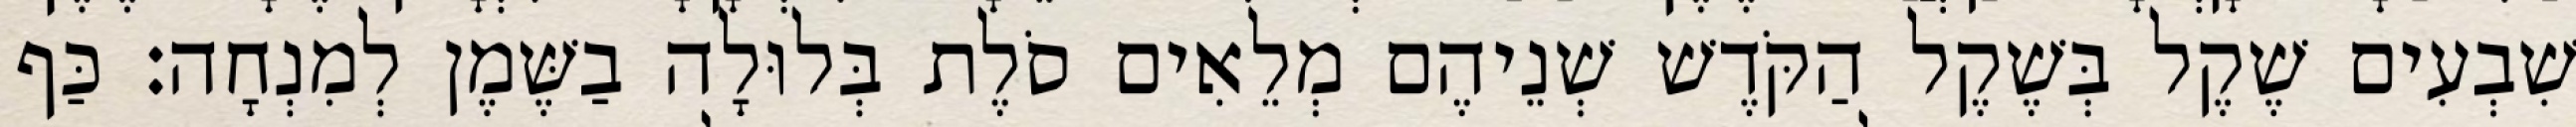
שִׁבְעִים שֶׁקֶל בְּשֶׁקֶל הַקֹּדֶשׁ שְׁנֵיהֶם מְלֵאִים סֹלֶת בְּלוּלָה בַשֶּׁמֶן לְמִנְחָה׃ כַּף